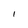
Character: l